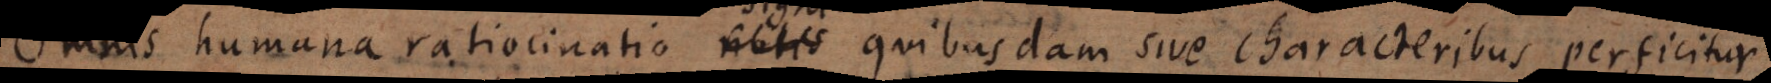
Omnis humana ratiocinatio notis quibusdam sive characteribus perficitur.